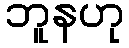
ဘူနဟု